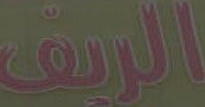
الريق